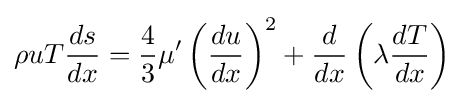
\rho uT{\frac {ds}{dx}}={\frac {4}{3}}\mu '\left({\frac {du}{dx}}\right)^{2}+{\frac {d}{dx}}\left(\lambda {\frac {dT}{dx}}\right)